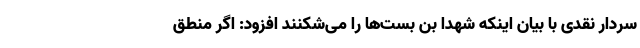
سردار نقدی با بیان اینکه شهدا بن بست‌ها را می‌شکنند افزود: اگر منطق